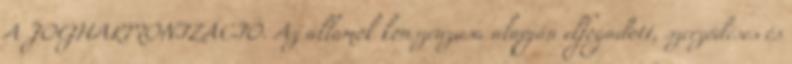
A JOGHARMONIZÁCIÓ. Az államok konszenzusa alapján elfogadott, szerződéses és